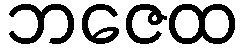
ဘဇေထ